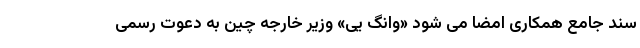
سند جامع همکاری امضا می شود «وانگ یی» وزیر خارجه چین به دعوت رسمی